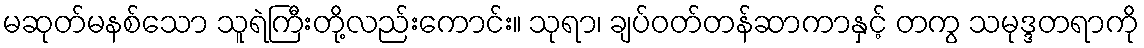
မဆုတ်မနစ်သော သူရဲကြီးတို့လည်းကောင်း။ သုရာ၊ ချပ်ဝတ်တန်ဆာကာနှင့် တကွ သမုဒ္ဒတရာကို